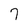
Character: 7